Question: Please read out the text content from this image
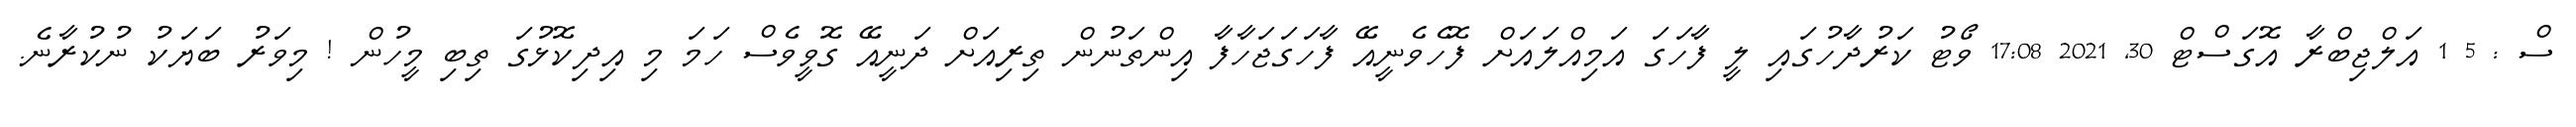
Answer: ސް : 5 1 އަލްޖިބްރާ އޮގަސްޓް 30, 2021 17:08 ވޯޓު ކަރުދާހުގައި ލީ ފާހަގަ އަމިއްލައަށް ފޮހެވެނީއޭ ފާހަގަޖަހާފާ އިންތަނުން ތިރިއަށް ދަނީއޭ ގޮވީވެސް ހަމަ މި އިދިކޮޅުގަ ތިބި މީހުން ! މިވަރު ބަޔަކު ނުކުރާނެ.